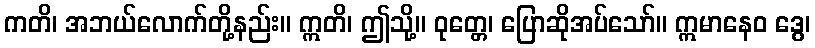
ကတိ၊ အဘယ်လောက်တို့နည်း။ ဣတိ၊ ဤသို့။ ဝုတ္တေ၊ ပြောဆိုအပ်သော်။ ဣမာနေဝ ဒွေ၊